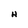
Character: H